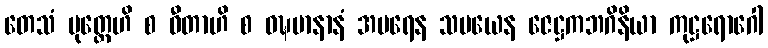
တေသံ ပုတ္တေဟိ စ ဓီတာဟိ စ ဝဍ္ဎမာနာနံ အပရေန သမယေန ဇေဋ္ဌကဘဂိနိယာ ကုဋ္ဌရောဂေါ